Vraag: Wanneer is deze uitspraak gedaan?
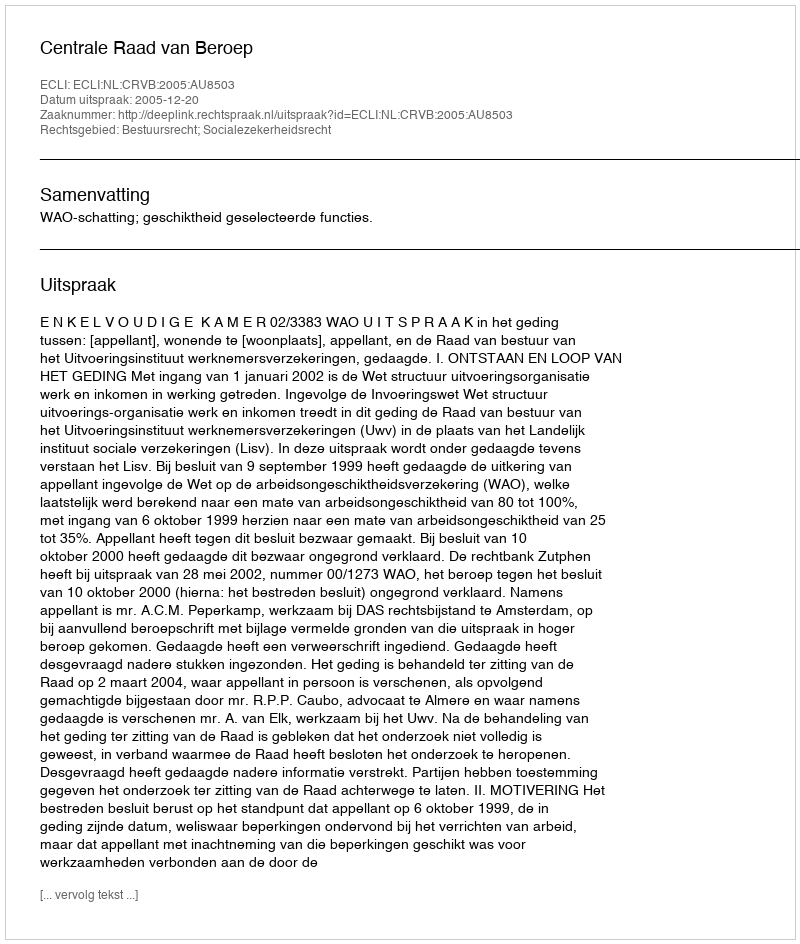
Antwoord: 2005-12-20